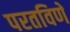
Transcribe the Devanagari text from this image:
परतविणे